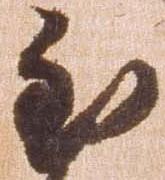
至